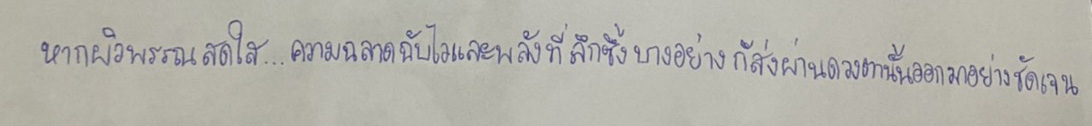
หากผิวพรรณสดใส...ความฉลาดฉับไวและพลังที่ลึกซึ้งบางอย่างก็ส่งผ่านดวงตานั้นออกมาอย่างชัดเจน